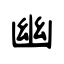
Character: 幽